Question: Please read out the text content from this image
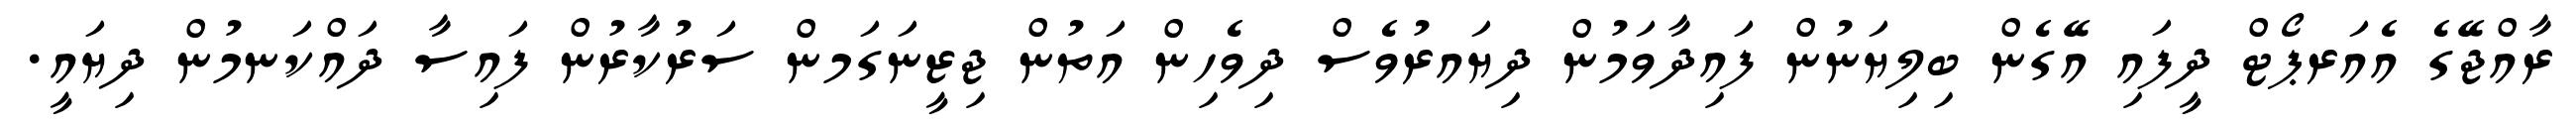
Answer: ރާއްޖޭގެ އެއަރޕޯޓް ދީފައި އޭގެން ބިލިޔަނުން ފައިދާވަމުން ދިޔައރުވެސް ދިވެހިން އަތުން ޖިޒީނަގަމން ސަރުކާރުން ފައިސާ ދައްކަނމުން ދިޔައީ.